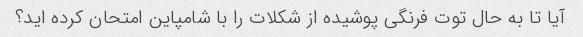
آیا تا به حال توت فرنگی پوشیده از شکلات را با شامپاین امتحان کرده اید؟